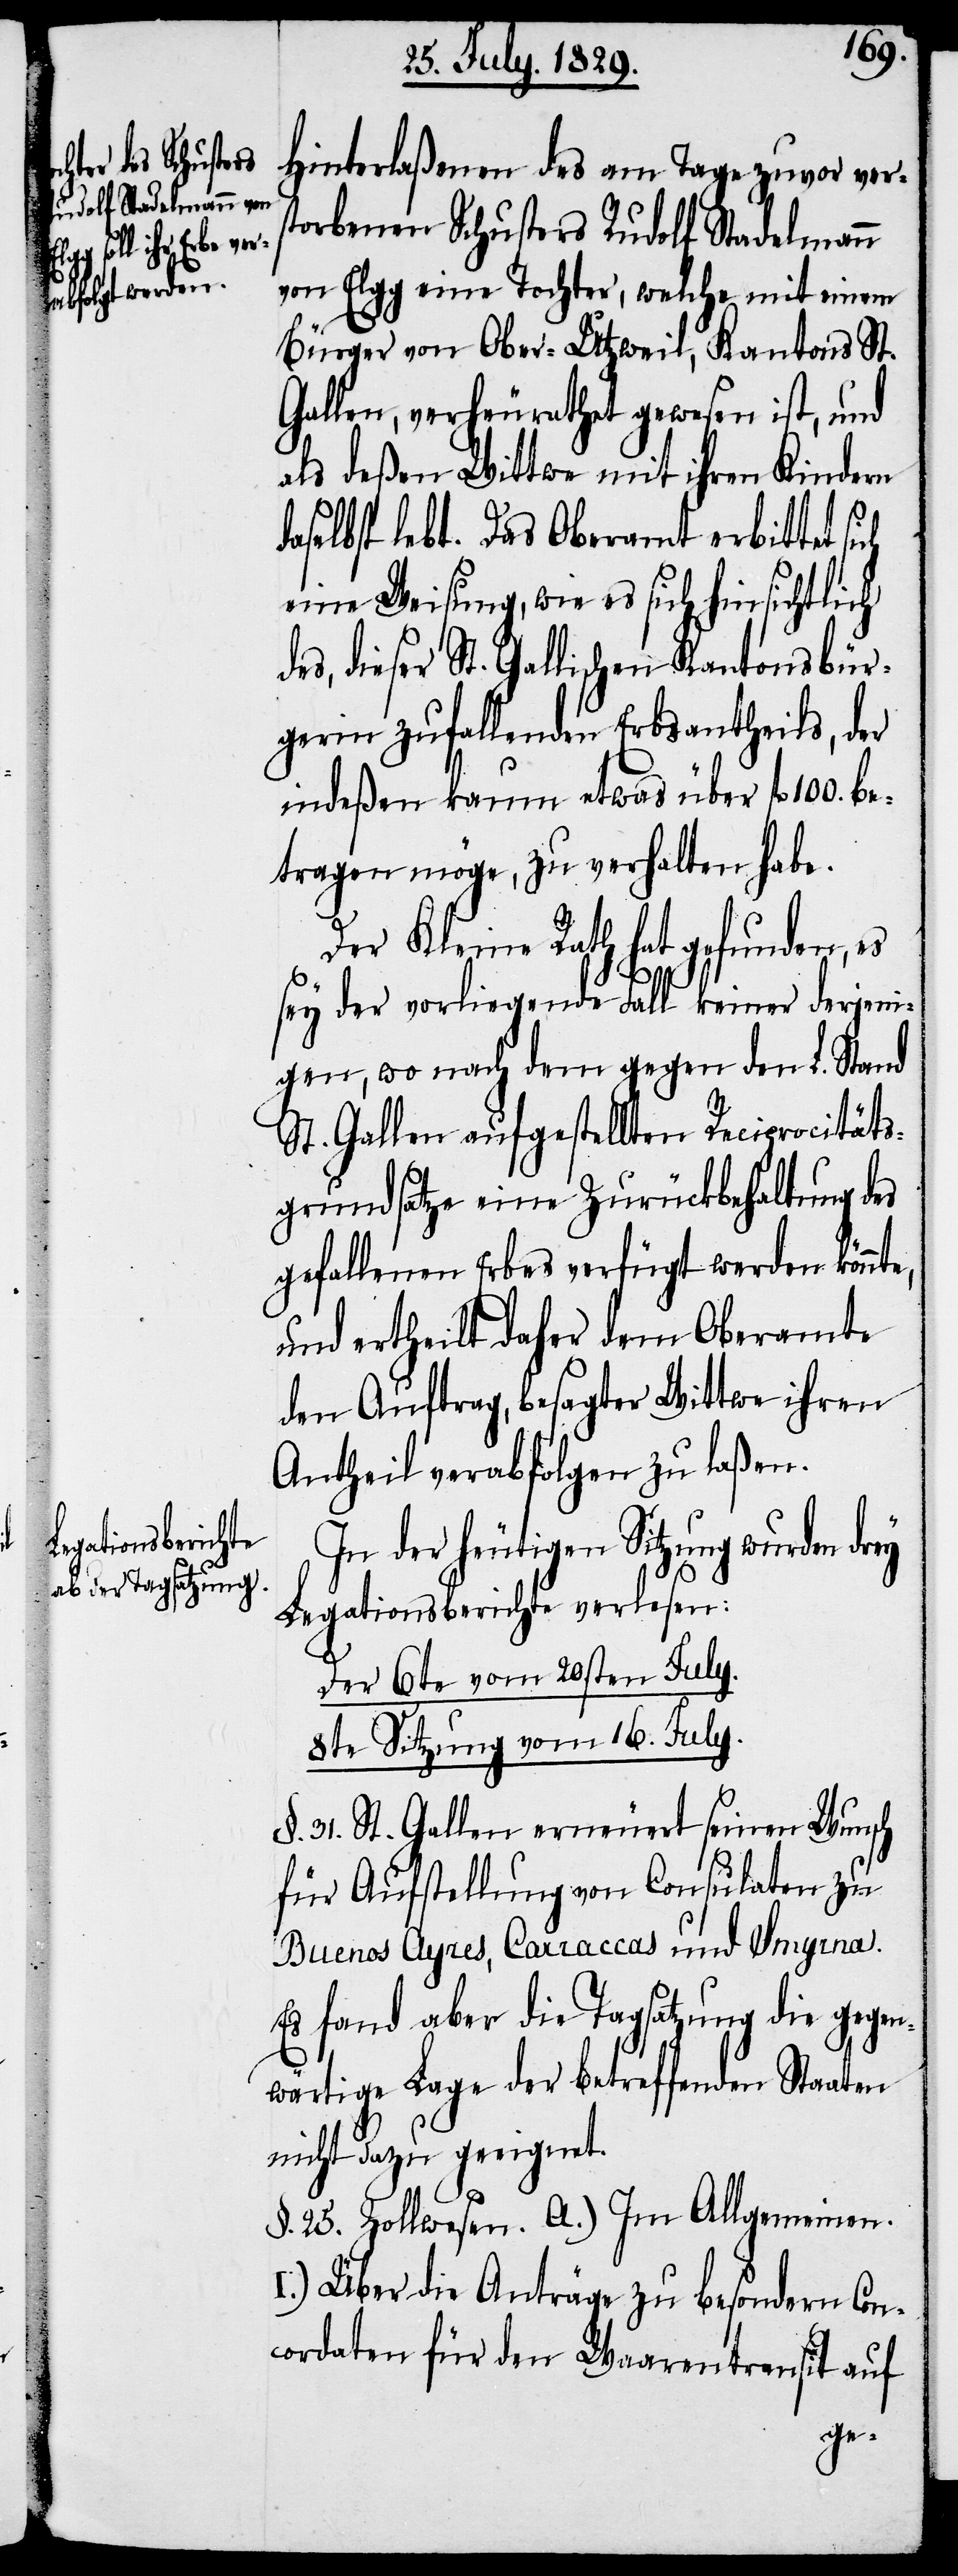
100.
Hinterlaßenen des am Tage zuvor ver¬
storbenen Schusters Rudolf Stadelmann
von Elgg eine Tochter, welche mit einem
Bürger von Ober-Utzweil, Kantons St.
Gallen, verheurathet gewesen ist, und
als deßen Wittwe mit ihren Kindern
daselbst lebt. Das Oberamt erbittet
eine Weisung, wie es sich hinsichtlich
dieser St. Gallischen Kantonsbür¬
gerin zufallenden Erbsantheils, der
indeßen kaum etwas über fl.
etragen möge, zu verhalten habe.
Der Kleine Rath hat gefunden, es
sey der vorliegende Fall keiner derjeni¬
gen, wo nach dem gegen den L. Stand
St. Gallen aufgestellten Reciprocitäts¬
grundsatze eine Zurückbehaltung des
gefallenen Erbes verfügt werden könnt¬
und ertheilt daher dem Oberamt
den Auftrag, besagter Wittwe ihren
Antheil verabfolgen zu laßen.
In der heutigen Sitzung wurden drey
Legationsberichte verlesen:
e,
Der 6te vom 20sten July.
8te Sitzung vom 16. July.
§. 31. St. Gallen erneuert seinen Wunsch
für Aufstellung von Consulaten zu
Buenos Ayres, Carraccas und Smyrna.
Es fand aber die Tagsatzung die gegen¬
wärtige Lage der betreffenden Staaten
nicht dazu geeignet.
§. 25. Zollwesen. A.) Im Allgemeinen.
I.) Über die Anträge zu besondern Con¬
cordaten für den Waarentransit auf